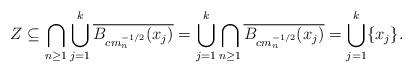
LaTeX: \begin{align*}Z\subseteq\bigcap_{n\geq 1} \bigcup_{j=1}^k \overline{B_{c m_n^{-1/2}}(x_j)} = \bigcup_{j=1}^k \bigcap_{n\geq 1} \overline{B_{c m_n^{-1/2}}(x_j)} = \bigcup_{j=1}^k \lbrace x_j \rbrace.\end{align*}